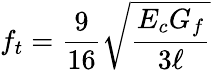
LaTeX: f_{t}=\frac{9}{16}\sqrt{\frac{E_{c}G_{f}}{3\ell}}